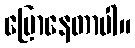
ပြောနေတာပါ။